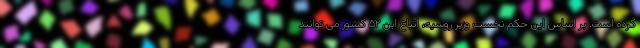
کرده است. بر اساس این حکم نخست وزیر روسیه، اتباع این ۵۲ کشور می توانند